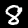
Label: 8